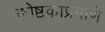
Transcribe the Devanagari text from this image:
कोष्टकाप्रमाणे